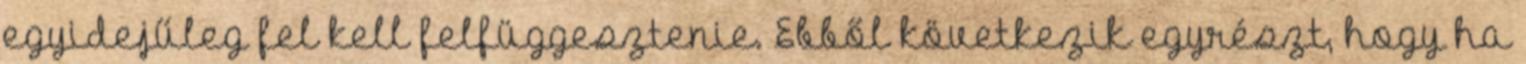
egyidejűleg fel kell felfüggesztenie. Ebből következik egyrészt, hogy ha